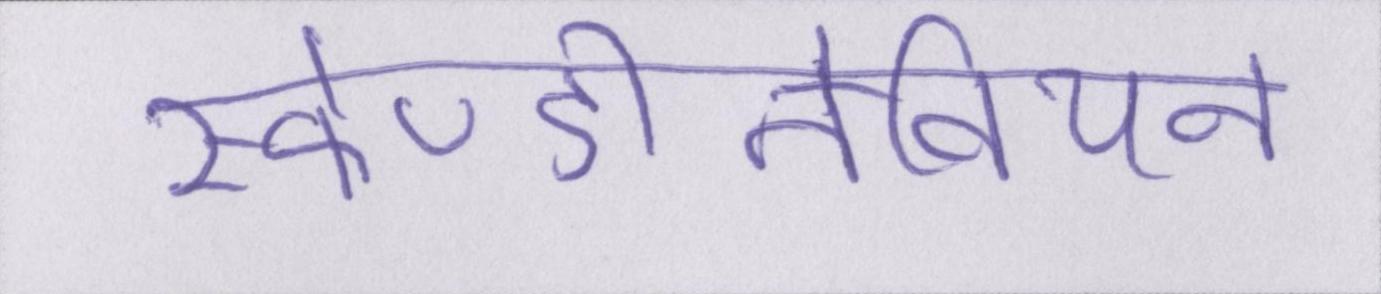
स्केण्डीनेवियन